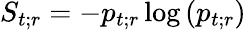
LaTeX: S_{t;r}=-p_{t;r}\log\left(p_{t;r}\right)